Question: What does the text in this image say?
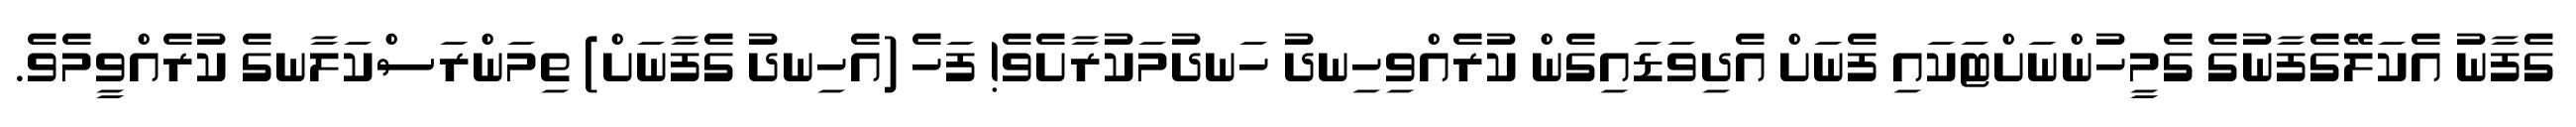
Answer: ގެފާނު އެކަލޭގެފާނުގެ ގެމީހުންނަށްޓަކައި ފެނަށް އެދިވަޑައިގެން ކުރެއްވިހިނދު ހަނދުމަކުރާށެވެ! ފަހެ (އެހިނދު ގެފާނަށް) ތިމަންރަސްކަލާނގެ ކުރެއްވީމެވެ.